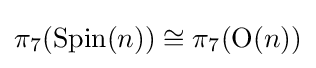
\pi _{7}(\operatorname {Spin} (n))\cong \pi _{7}(\operatorname {O} (n))